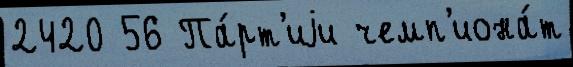
2420 56 Па́рт'иjи чемп'иона́т